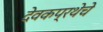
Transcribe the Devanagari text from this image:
देवकप्रथेचे